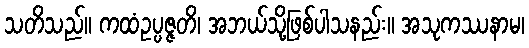
သတိသည်။ ကထံဥပ္ပဇ္ဇတိ၊ အဘယ်သို့ဖြစ်ပါသနည်း။ အသုကဿနာမ၊